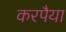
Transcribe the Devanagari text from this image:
करपैया